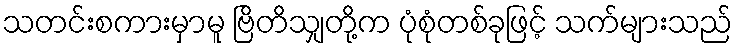
သတင်းစကားမှာမူ ဗြိတိသျှတို့က ပုံစုံတစ်ခုဖြင့် သက်များသည်